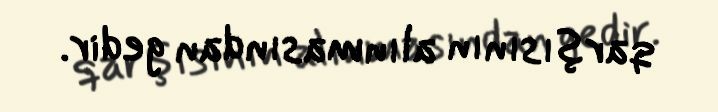
qarşısının alınmasından gedir.